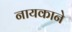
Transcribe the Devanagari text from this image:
नायकाने